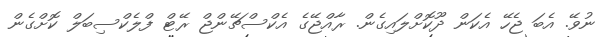
ނުވޭ. އެބަ ޖެހޭ އެކަން ދޫކޮށްލައިގެން. ރާއްޖޭގެ އެކްސްޗޭންޖް ރޭޓް ފްލެކްސިބަލް ކޮށްގެން